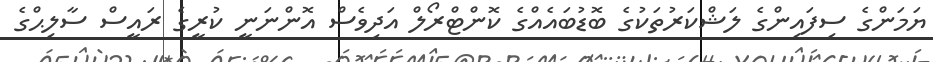
ޔަމަންގެ ސިފައިންގެ ލަޝްކަރުތަކުގެ ބޮޑުބައެއްގެ ކޮންޓްރޯލް އަދިވެސް އޮންނަނީ ކުރީގެ ރައީސް ސާލިޙްގެ